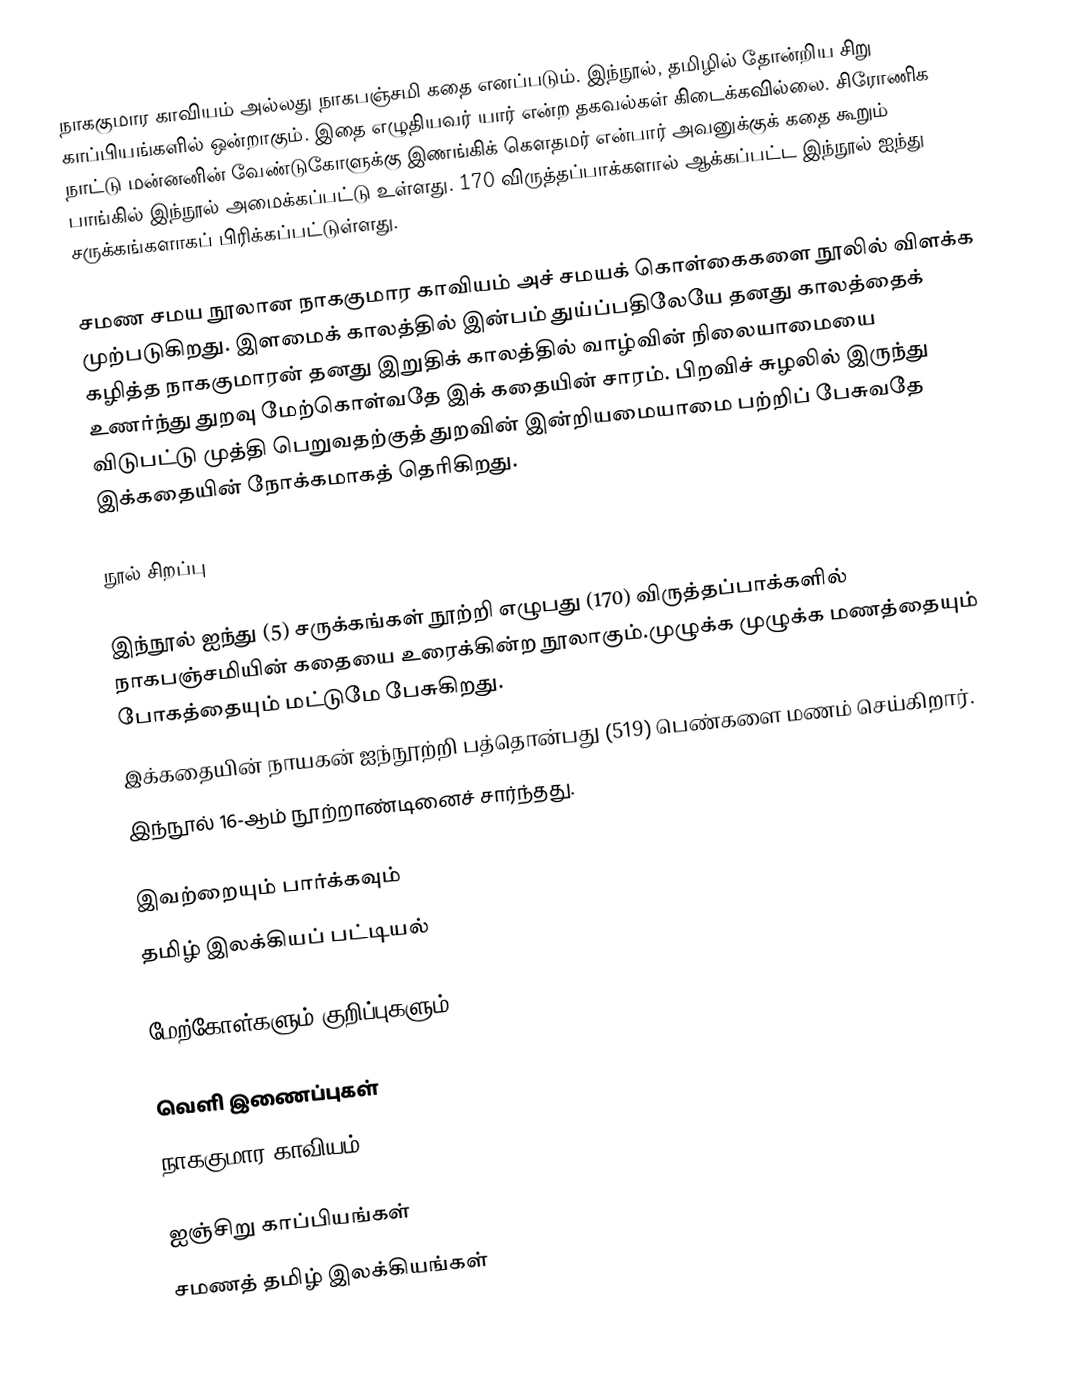
நாககுமார காவியம் அல்லது நாகபஞ்சமி கதை எனப்படும். இந்நூல், தமிழில் தோன்றிய சிறு காப்பியங்களில் ஒன்றாகும். இதை எழுதியவர் யார் என்ற தகவல்கள் கிடைக்கவில்லை. சிரோணிக நாட்டு மன்னனின் வேண்டுகோளுக்கு இணங்கிக் கௌதமர் என்பார் அவனுக்குக் கதை கூறும் பாங்கில் இந்நூல் அமைக்கப்பட்டு உள்ளது. 170 விருத்தப்பாக்களால் ஆக்கப்பட்ட இந்நூல் ஐந்து சருக்கங்களாகப் பிரிக்கப்பட்டுள்ளது.

சமண சமய நூலான நாககுமார காவியம் அச் சமயக் கொள்கைகளை நூலில் விளக்க முற்படுகிறது. இளமைக் காலத்தில் இன்பம் துய்ப்பதிலேயே தனது காலத்தைக் கழித்த நாககுமாரன் தனது இறுதிக் காலத்தில் வாழ்வின் நிலையாமையை உணர்ந்து துறவு மேற்கொள்வதே இக் கதையின் சாரம். பிறவிச் சுழலில் இருந்து விடுபட்டு முத்தி பெறுவதற்குத் துறவின் இன்றியமையாமை பற்றிப் பேசுவதே இக்கதையின் நோக்கமாகத் தெரிகிறது.

நூல் சிறப்பு

இந்நூல் ஐந்து (5) சருக்கங்கள் நூற்றி எழுபது (170) விருத்தப்பாக்களில் நாகபஞ்சமியின் கதையை உரைக்கின்ற நூலாகும்.முழுக்க முழுக்க மணத்தையும் போகத்தையும் மட்டுமே பேசுகிறது.
இக்கதையின் நாயகன் ஐந்நூற்றி பத்தொன்பது (519) பெண்களை மணம் செய்கிறார்.
இந்நூல் 16-ஆம் நூற்றாண்டினைச் சார்ந்தது.

இவற்றையும் பார்க்கவும்
 தமிழ் இலக்கியப் பட்டியல்

மேற்கோள்களும் குறிப்புகளும்

வெளி இணைப்புகள்
நாககுமார காவியம்

ஐஞ்சிறு காப்பியங்கள்
சமணத் தமிழ் இலக்கியங்கள்